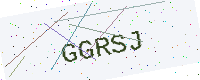
Text: GGRSJ